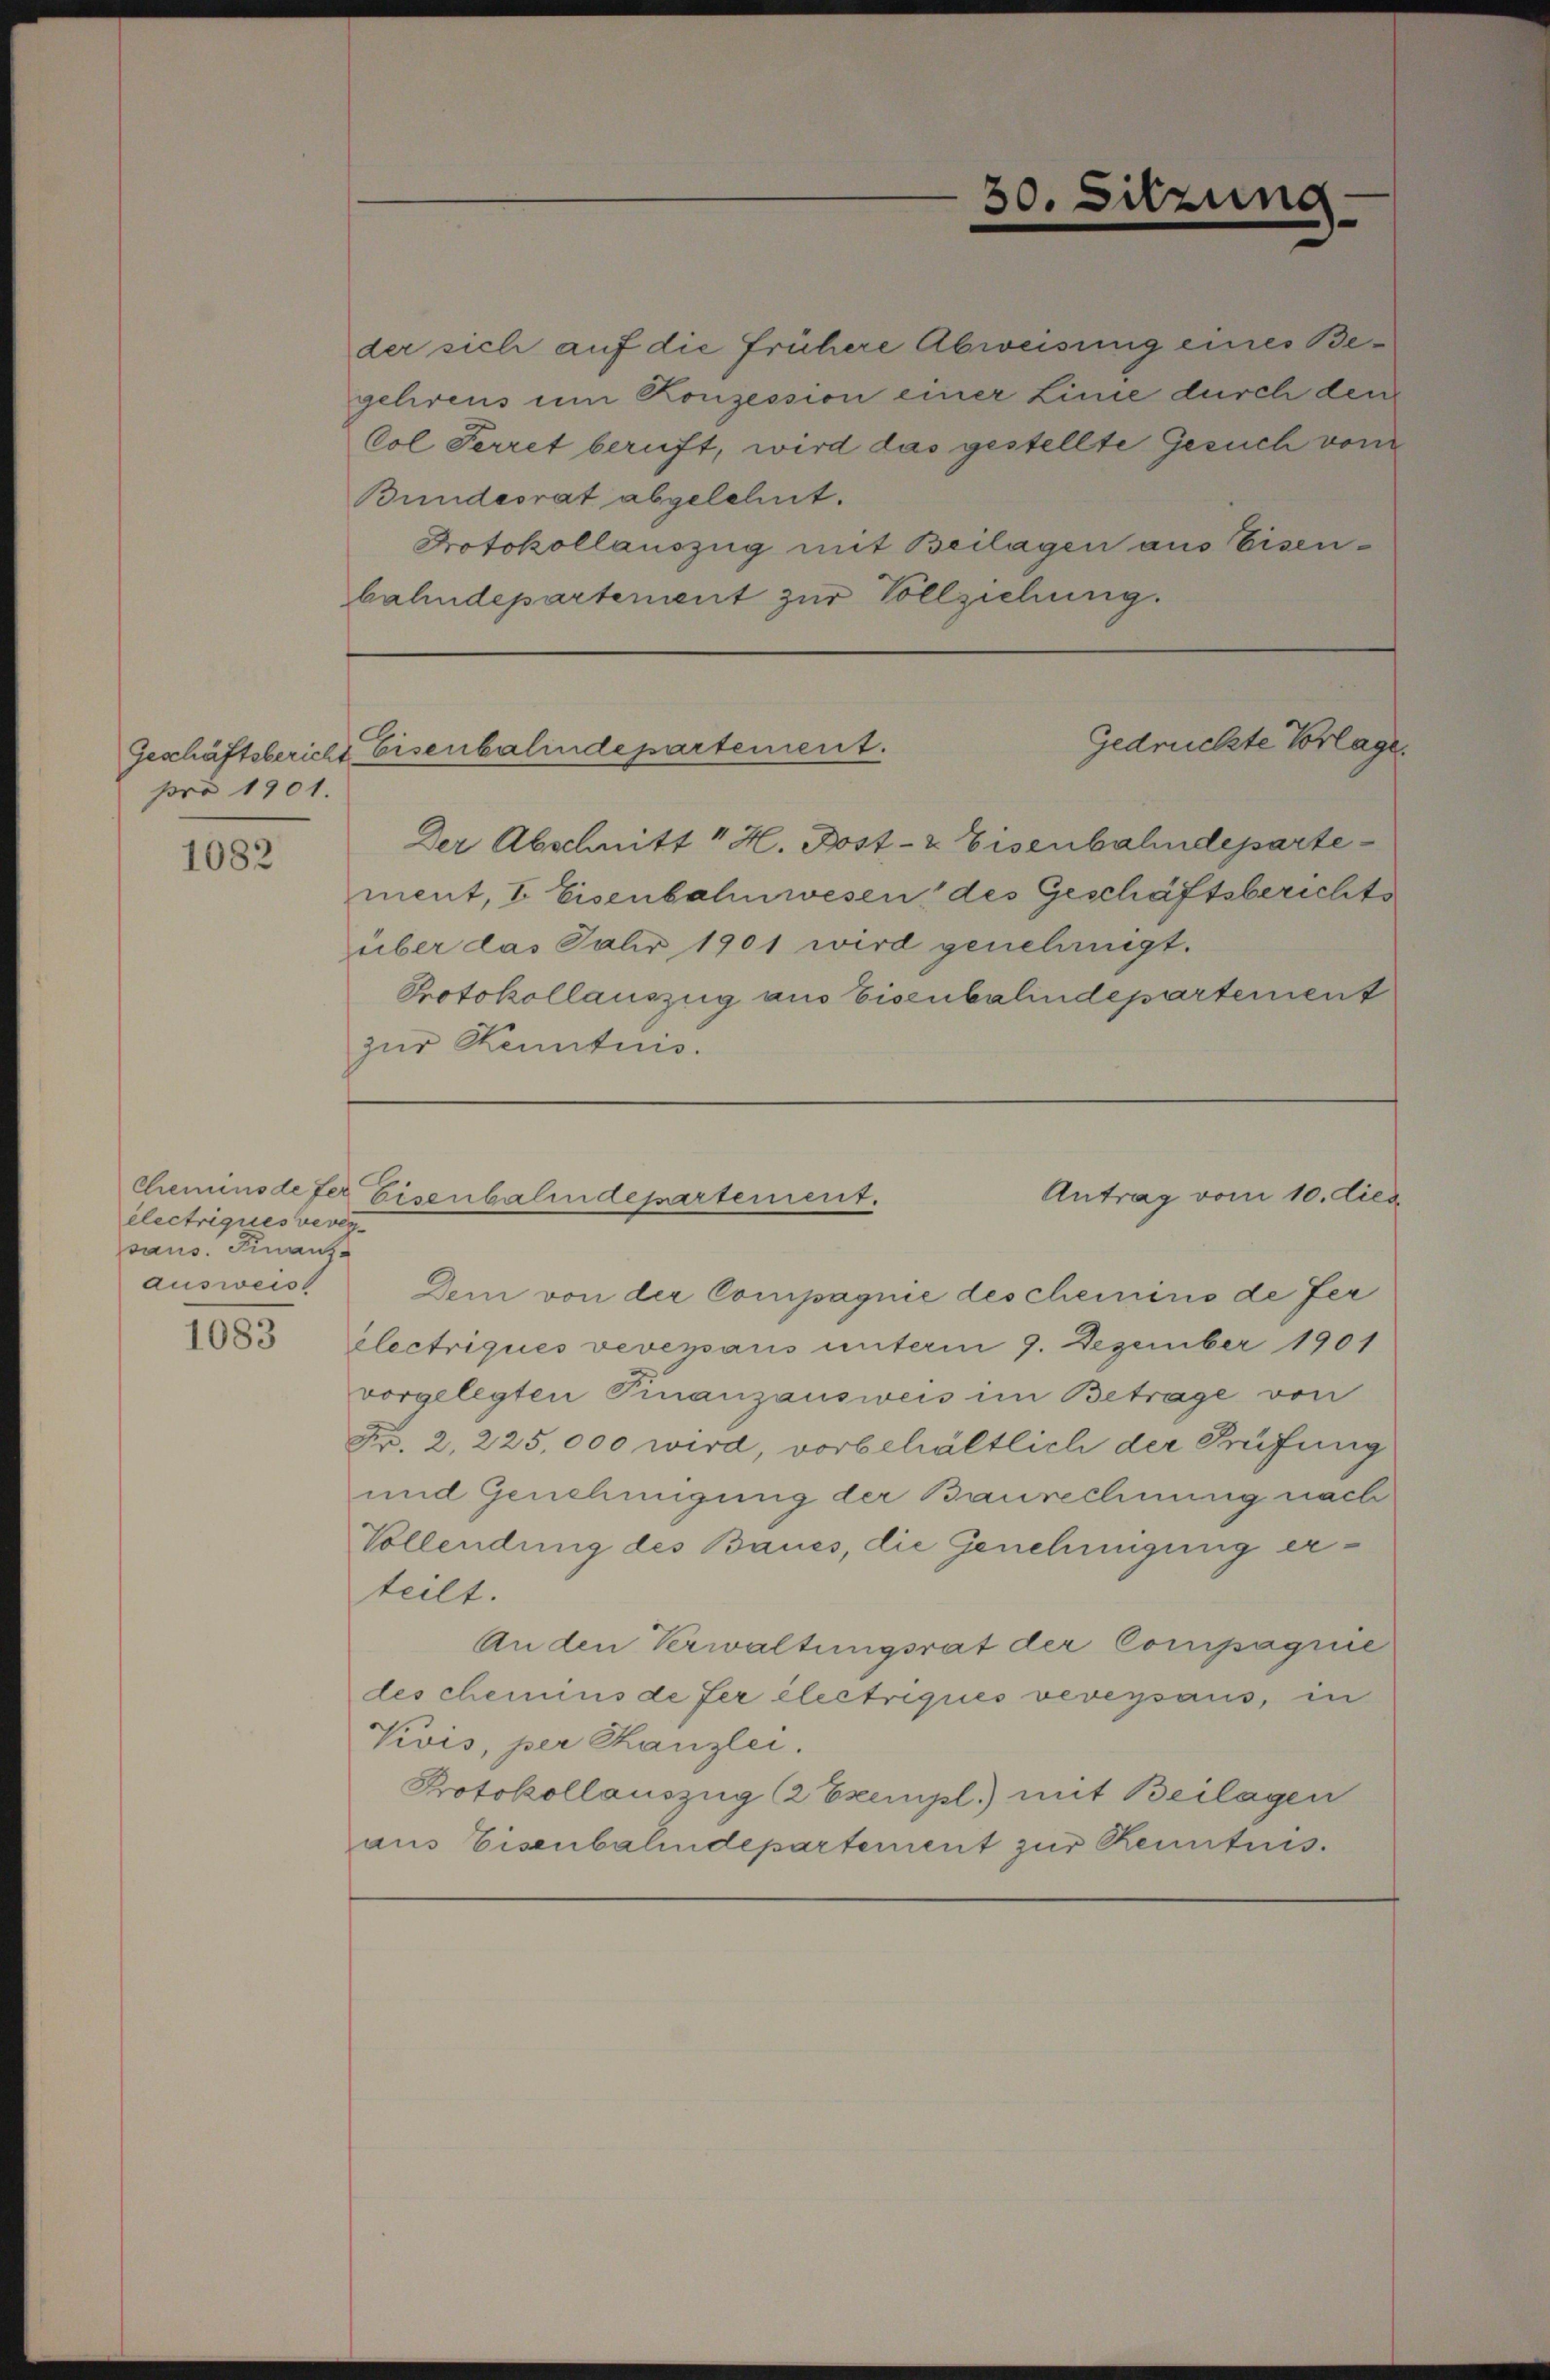
pro 1901.

1082

électriques vereisaus. Finanz-
ausweist

1083

der sich auf die frühere Abweisung eines Begelirens um Konzession einer Linie durch den
Vol Ferret beruft, wird das gestellte Gesuch vom
Bundesrat abgelehnt.
Protokollauszug mit Beilagen aus Eisen-
bahndepartement zur Vollziehung.

Der Abschnitt " H. Post- & Eisenbahndeparte
ment, I Eisenbahnwesen des Geschäftsberichts
über das Jahr 1901 wird genehmigt.
Protokollauszug aus Eisenbalindepartement
zur Kenntnis.

30.

Sitzung

Gedrückte Vorlage
Geschäftsbericht Eisenbalindepartement.

Cheminode der Eisenbahndepartement.
Antrag vom 10. dies

Dem von der Compagnie descheinino de fer
electriques vevepans unterm 9. Dezember 1901
vorgelegten Finanzausweis im Betrage von
Fr. 2. 225,000 wird, vorbehältlich der Prüfung
und Genehmigung der Baurechnung nach
Vollendung des Baues, die Genehmigung erteilt.
An den Verwaltungsrat der Compagnie
des chemins de fer électriques vevegsaus, in
Vivis, per Kanzlei.
Protokollauszug (2 Exempl.) mit Beilagen
aus Eisenbahndepartement zur Kenntnis.